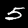
Label: 5